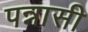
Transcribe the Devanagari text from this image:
पन्नासी